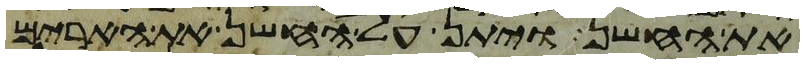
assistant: את החשן ויתן על החשן את הארים